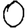
Digit: 0